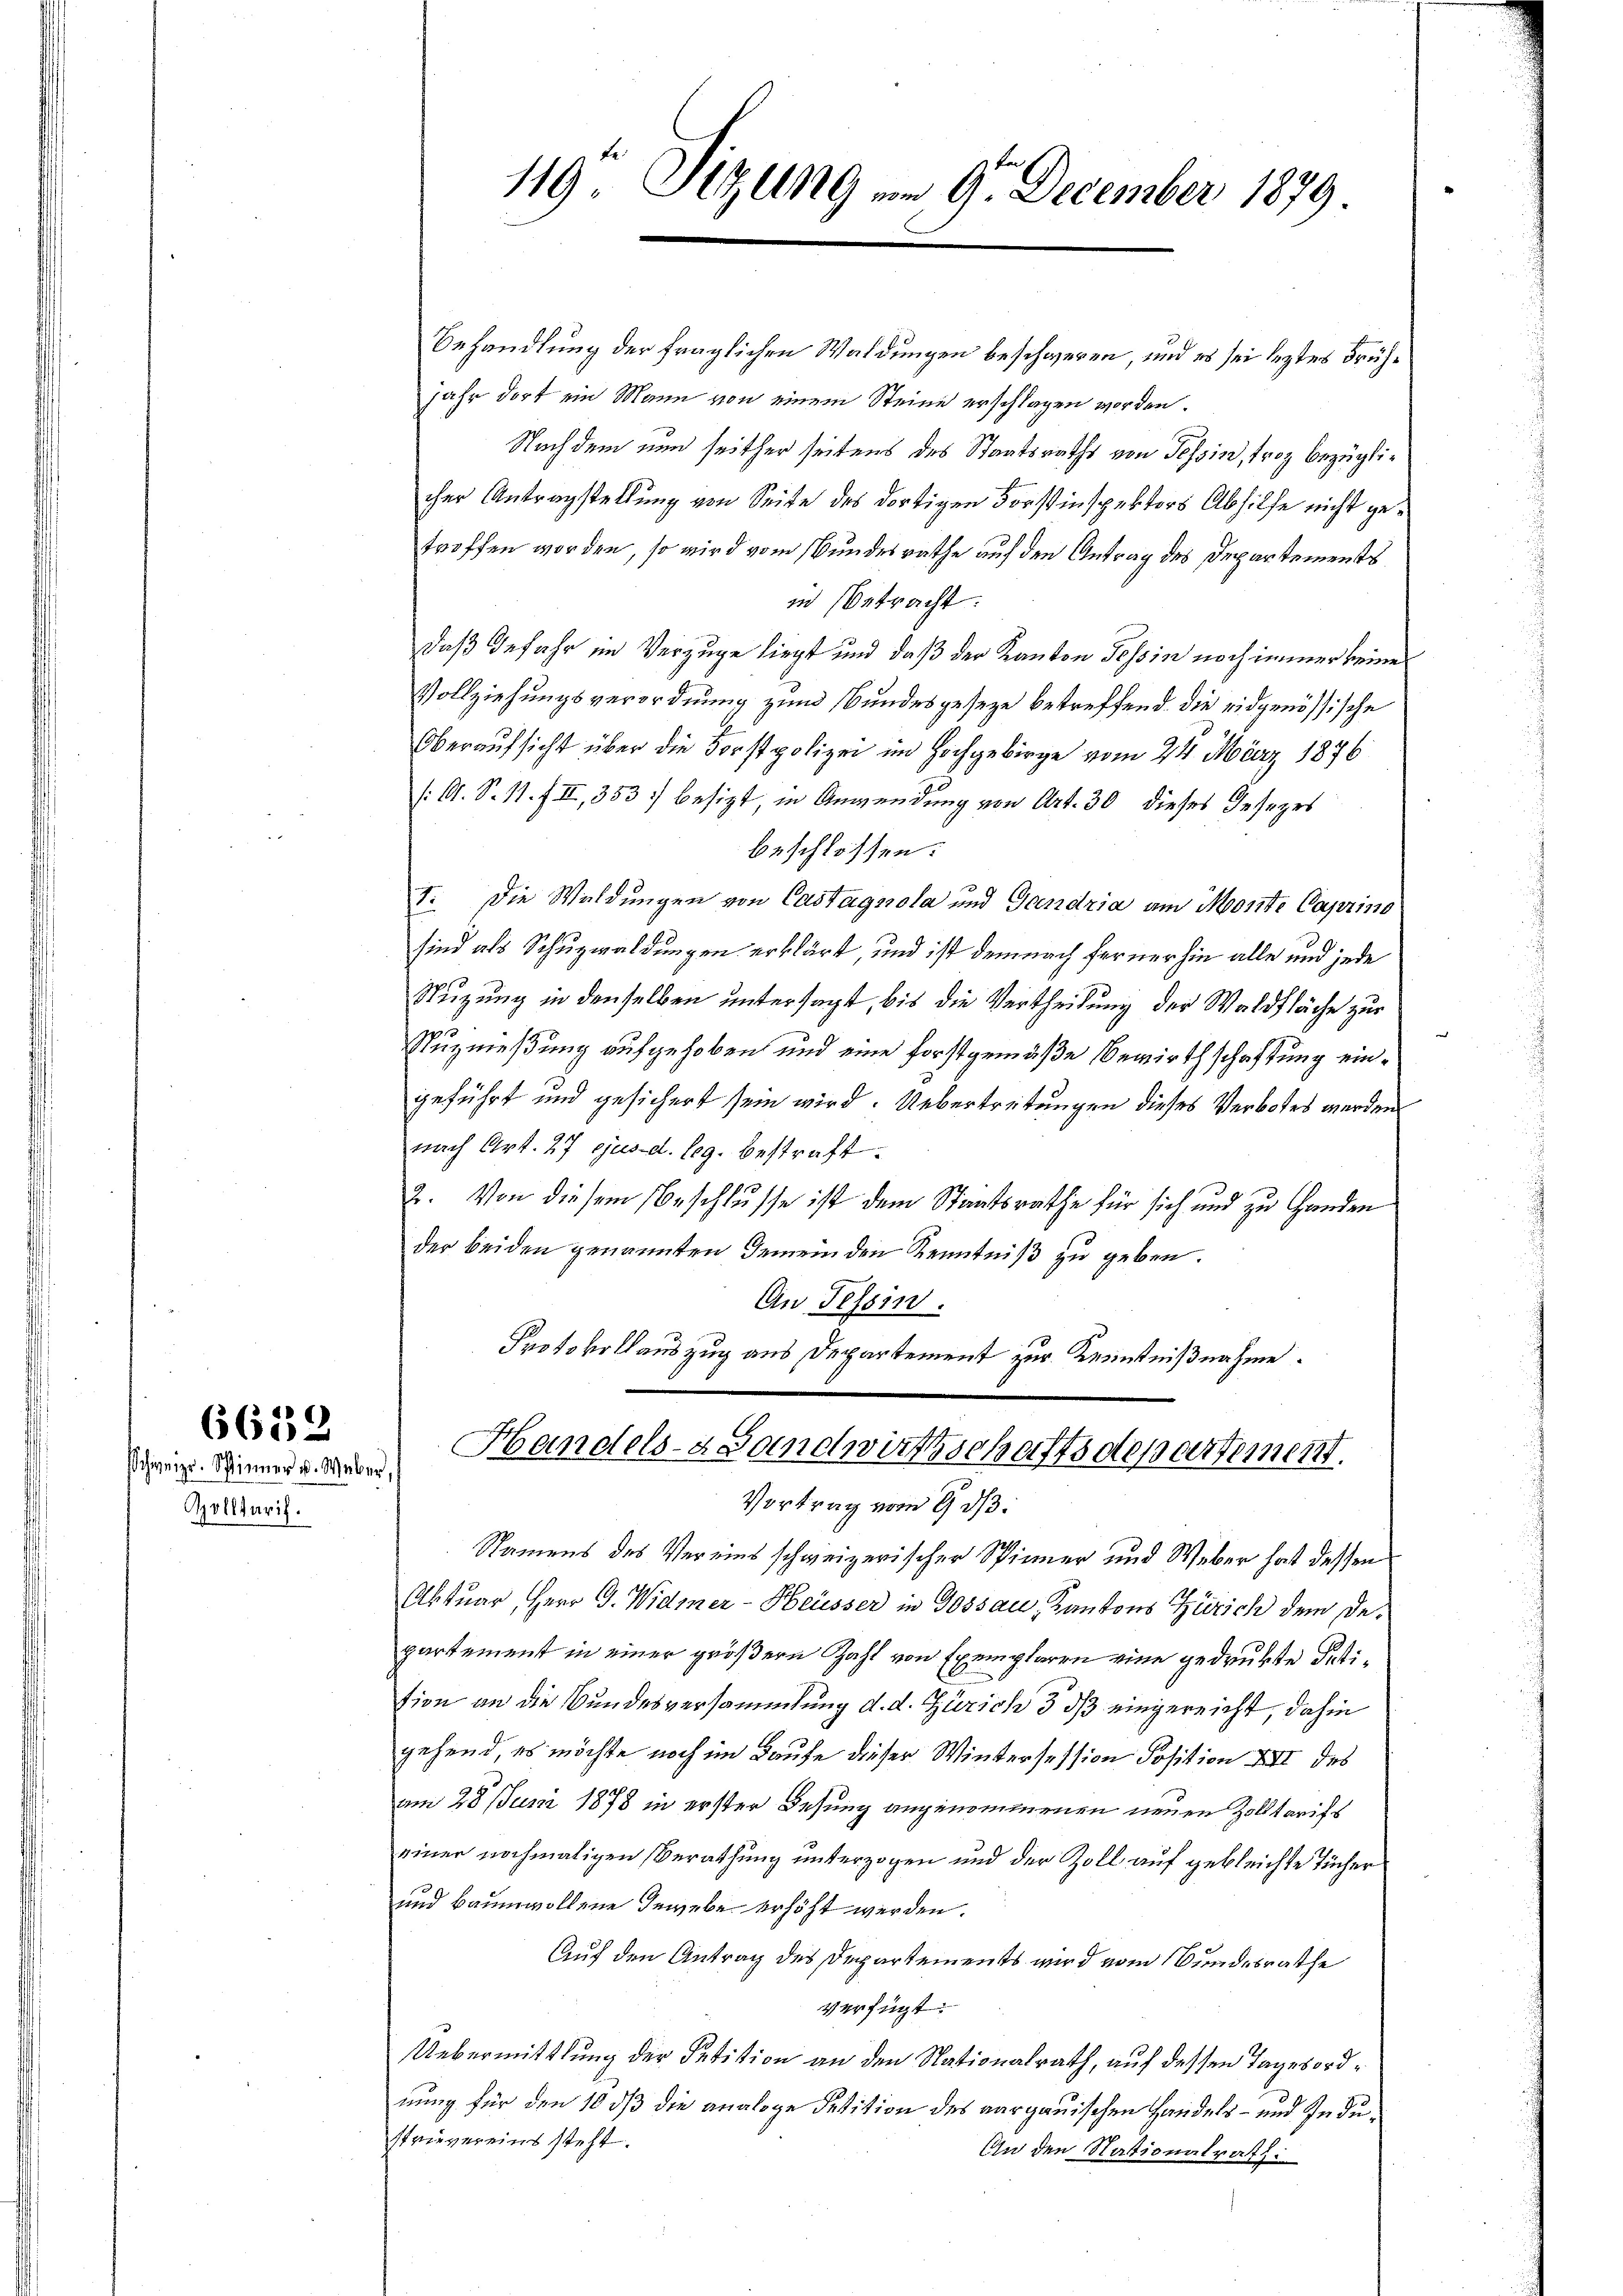
Apolltarif.

6639
Schweizer. Spinner u. Weber,

119 Sizung am 9. December 1879

Behandlung der fraglichen Waldungen beschweren, und es sei leztes Frühjahr dort ein Mann von einem Steine erschlagen worden.
Nachdem nun seither seitens des Staatsraths von Tessin, troz bezüglicher Antragstellung von Seite des dortigen Forstinspektors Abhilfe nicht getroffen worden, so wird vom Bundesrathe auf den Antrag des Departements
in betracht:
daß Gefahr im Verzuge liegt und daß der Kanton Tessin noch immer keine
Vollziehungsverordnung zum Bundesgeseze betreffend die eidgenössische
Oberaufsicht über die Forstpolizei im Hochgebirge vom 24. März 1876
(A. S. 11. f. II, 353 besizt, in Anwendung von Art. 30 dieses Gesezes
beschlossen:
I. Die Waldungen von Castagnola und Gandria am Monte Caprino
sind als Schuzwaldungen erklärt, und ist demnach fernerhin alle und jede
Stuzung in denselben untersagt, bis die Vertheilung der Waldfläche zur
.
Nuznießung aufgehoben und eine forstgemäße Bewirthschaftung eingeführt und gesichert sein wird. Uebertretungen dieses Verbotes werden
nach Art. 27 ejusd. leg. bestraft.
2. Von diesem Beschlusse ist dem Staatsrathe für sich und zu Handen
der beiden genannten Gemeinden Kenntniß zu geben.
An Tessin.
Protokollauszug aus Departement zur Kenntnißnahme.
Handels- Landwußschaftsdepartement.

Vortrag vom 9. ds.

Namens des Vereins schweizerischer Spinner und Weber hat dessen
Aktuar, Herr G. Widmer-Heüsser in Gossau, Kantons Zürich dem De-
partement in einer größern Zahl von Exemplaren eine gedrukte Petition an die Bundesversammlung d. d. Zürich 3 dß eingereicht, dahin
gehend, es möchte noch im Laufe dieser Wintersession Position XII des
am 28. Juni 1878 in erster Desung angenommenen neuen Zolltarifs
einer nochmaligen Berathung unterzogen und der Zoll auf gebleichte Tücher
und Baumwollene Gewebe erhöht werden.
Auf den Antrag des Departements wird vom Bundesrathe
verfügt:
Uebermittlung der Petition an den Nationalrath, auf dessen Tagesordnung für den 10 dß die analoge Petition des aargauischen Handels- und Industrievereins steht.
An den Nationalrath: